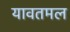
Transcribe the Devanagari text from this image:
यावतमल